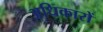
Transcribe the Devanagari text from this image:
अधिकारों